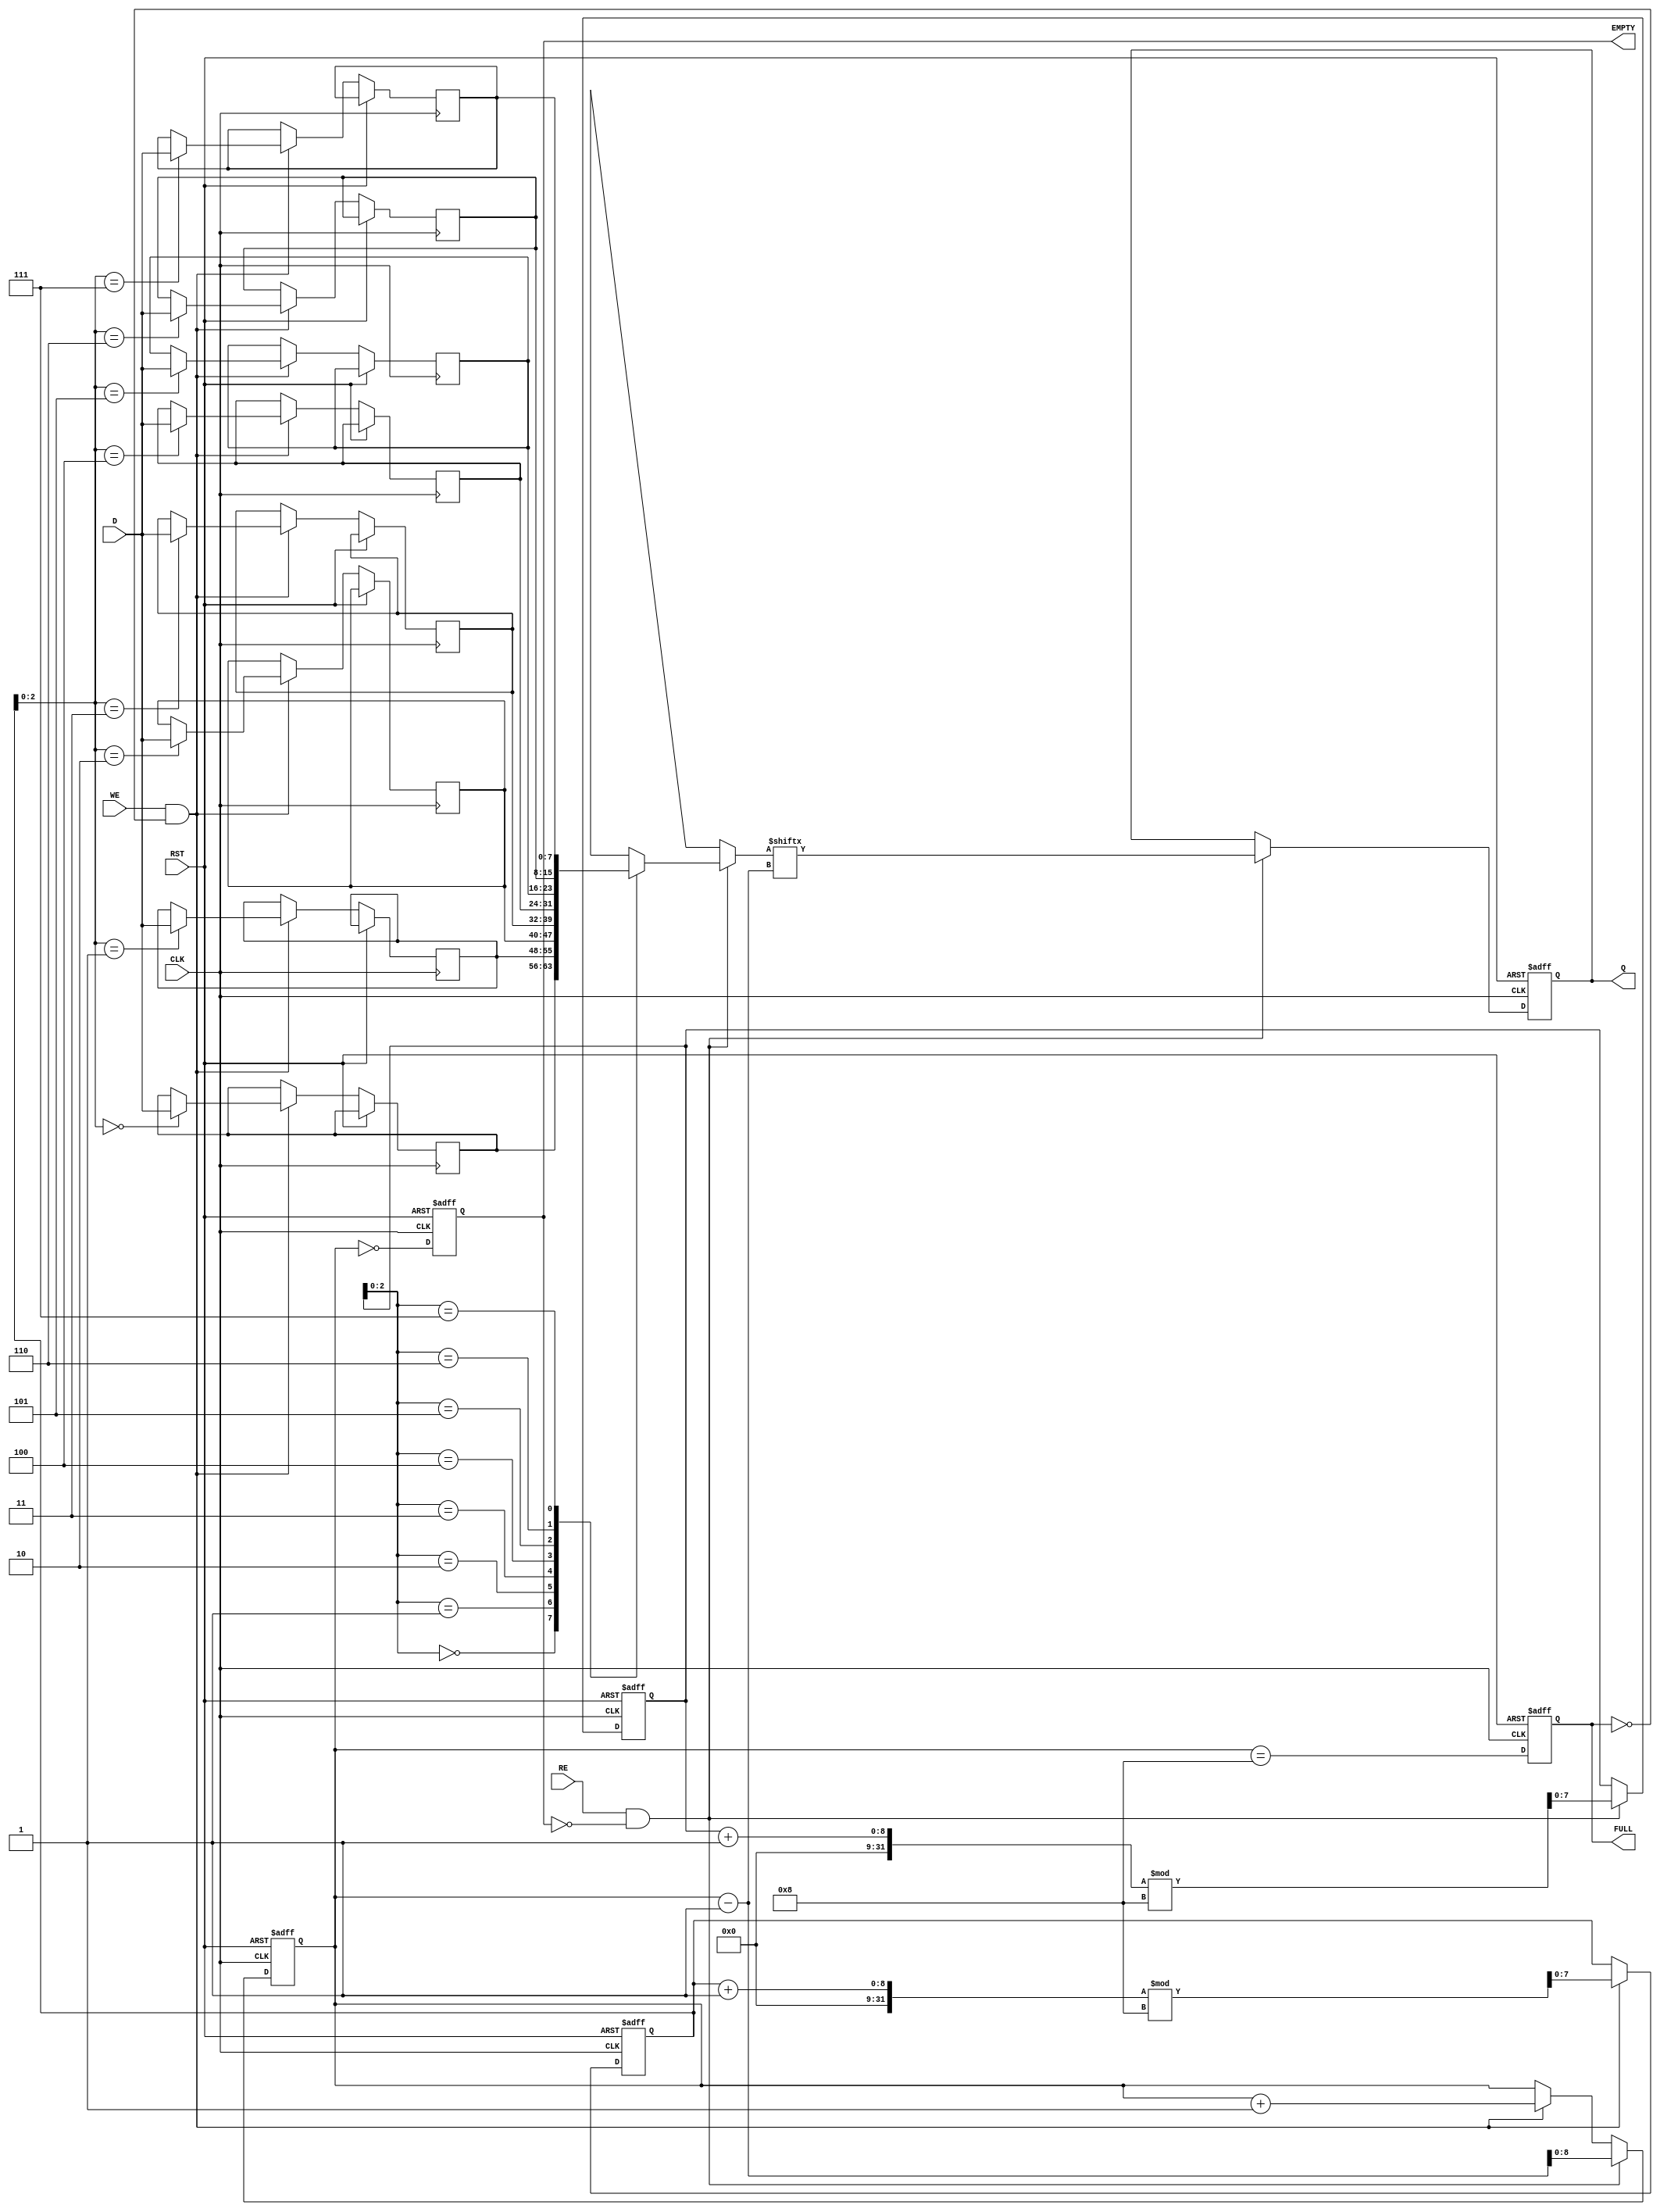
module fifo_piso #(
    parameter N = 8,    // Number of bits in the FIFO
    parameter WIDTH = 8  // Width of the parallel input
)(
    input wire [WIDTH-1:0] D,   // Parallel Data Input
    input wire WE,               // Write Enable
    input wire RE,               // Read Enable
    input wire CLK,              // Clock
    input wire RST,              // Reset
    output reg Q,                // Serial Data Output
    output reg EMPTY,            // Empty Flag
    output reg FULL              // Full Flag
);

    reg [WIDTH-1:0] fifo [0:N-1]; // Storage array
    reg [N-1:0] write_pointer;     // Write Pointer
    reg [N-1:0] read_pointer;      // Read Pointer
    reg [N:0] count;               // Count of elements in FIFO

    // Initialize FIFO and pointers
    always @(posedge CLK or posedge RST) begin
        if (RST) begin
            write_pointer <= 0;
            read_pointer <= 0;
            count <= 0;
            EMPTY <= 1;
            FULL <= 0;
            Q <= 0;
        end else begin
            // Write operation
            if (WE && !FULL) begin
                fifo[write_pointer] <= D;
                write_pointer <= (write_pointer + 1) % N; // Circular increment
                count <= count + 1;
            end
            
            // Read operation
            if (RE && !EMPTY) begin
                Q <= fifo[read_pointer][count - 1]; // Output the last written bit
                read_pointer <= (read_pointer + 1) % N; // Circular increment
                count <= count - 1;
            end
            
            // Update EMPTY and FULL flags
            EMPTY <= (count == 0);
            FULL <= (count == N);
        end
    end

endmodule